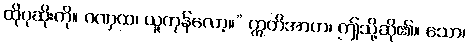
ထိုပုဆိုးကို။ ဂဏှထ၊ ယူကုန်လော့။” ဣတိအာဟ၊ ဤသို့ဆို၏။ သော၊